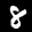
Label: 8